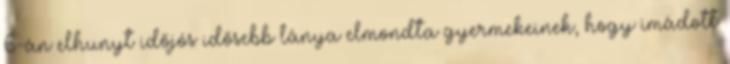
6-án el­hunyt idő­jós idő­sebb lánya el­mondta gyer­me­ke­i­nek, hogy imá­dott